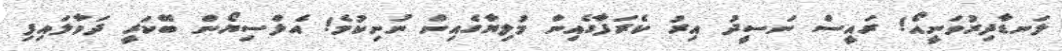
ލަނޑާދިރުވަނީއޯ! ރައީސް ނަސީދު އިރު ކެރަފާގެއިން މުލިޔާގެއިން ނުނިކުމެ! އެލްސިޔޯން ބޭކަރީ ދަވާލައިފި